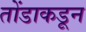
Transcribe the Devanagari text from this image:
तोंडाकडून